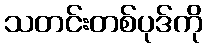
သတင်းတစ်ပုဒ်ကို